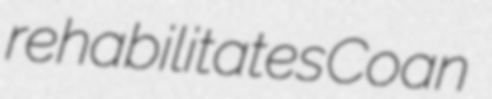
rehabilitates Coan